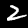
Label: 2